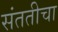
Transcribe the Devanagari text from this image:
संततीचा